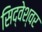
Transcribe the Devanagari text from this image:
सिद्वेश्वर